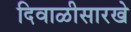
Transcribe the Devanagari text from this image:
दिवाळीसारखे